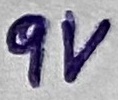
Text: 9V